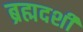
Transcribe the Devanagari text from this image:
ब्रह्मदर्शी